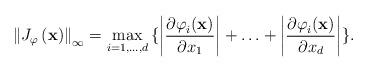
LaTeX: \begin{align*}\left\| J_{\varphi }\left( \mathbf{x} \right) \right\|_{\infty }=\max_{i=1,...,d}{\{\left| \frac{{\partial \varphi }_{i}(\mathbf{x})}{{\partial x}_{1}} \right|+\mathellipsis +\left| \frac{{\partial \varphi }_{i}(\mathbf{x})}{{\partial x}_{d}} \right|\}}.\end{align*}